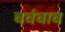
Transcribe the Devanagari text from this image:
चर्चचाच